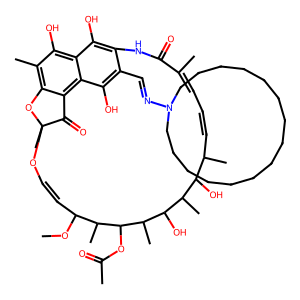
SMILES: COC1C=COC2(C)Oc3c(C)c(O)c4c(O)c(c(C=NN5CCCCCCCCCCCCCCC5)c(O)c4c3C2=O)NC(=O)C(C)=CC=CC(C)C(O)C(C)C(O)C(C)C(OC(C)=O)C1C
Inhibits HIV replication: No